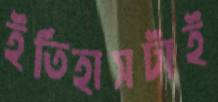
ইতিহাসটাই